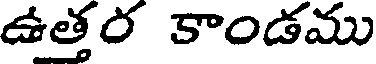
ఉత్తర కాండము